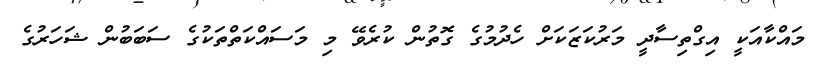
މައްކާއަކީ އިގްތިސާދީ މަރުކަޒަކަށް ހެދުމުގެ ގޮތުން ކުރެވޭ މި މަސައްކަތްތަކުގެ ސަބަބުން ޝަހަރުގެ